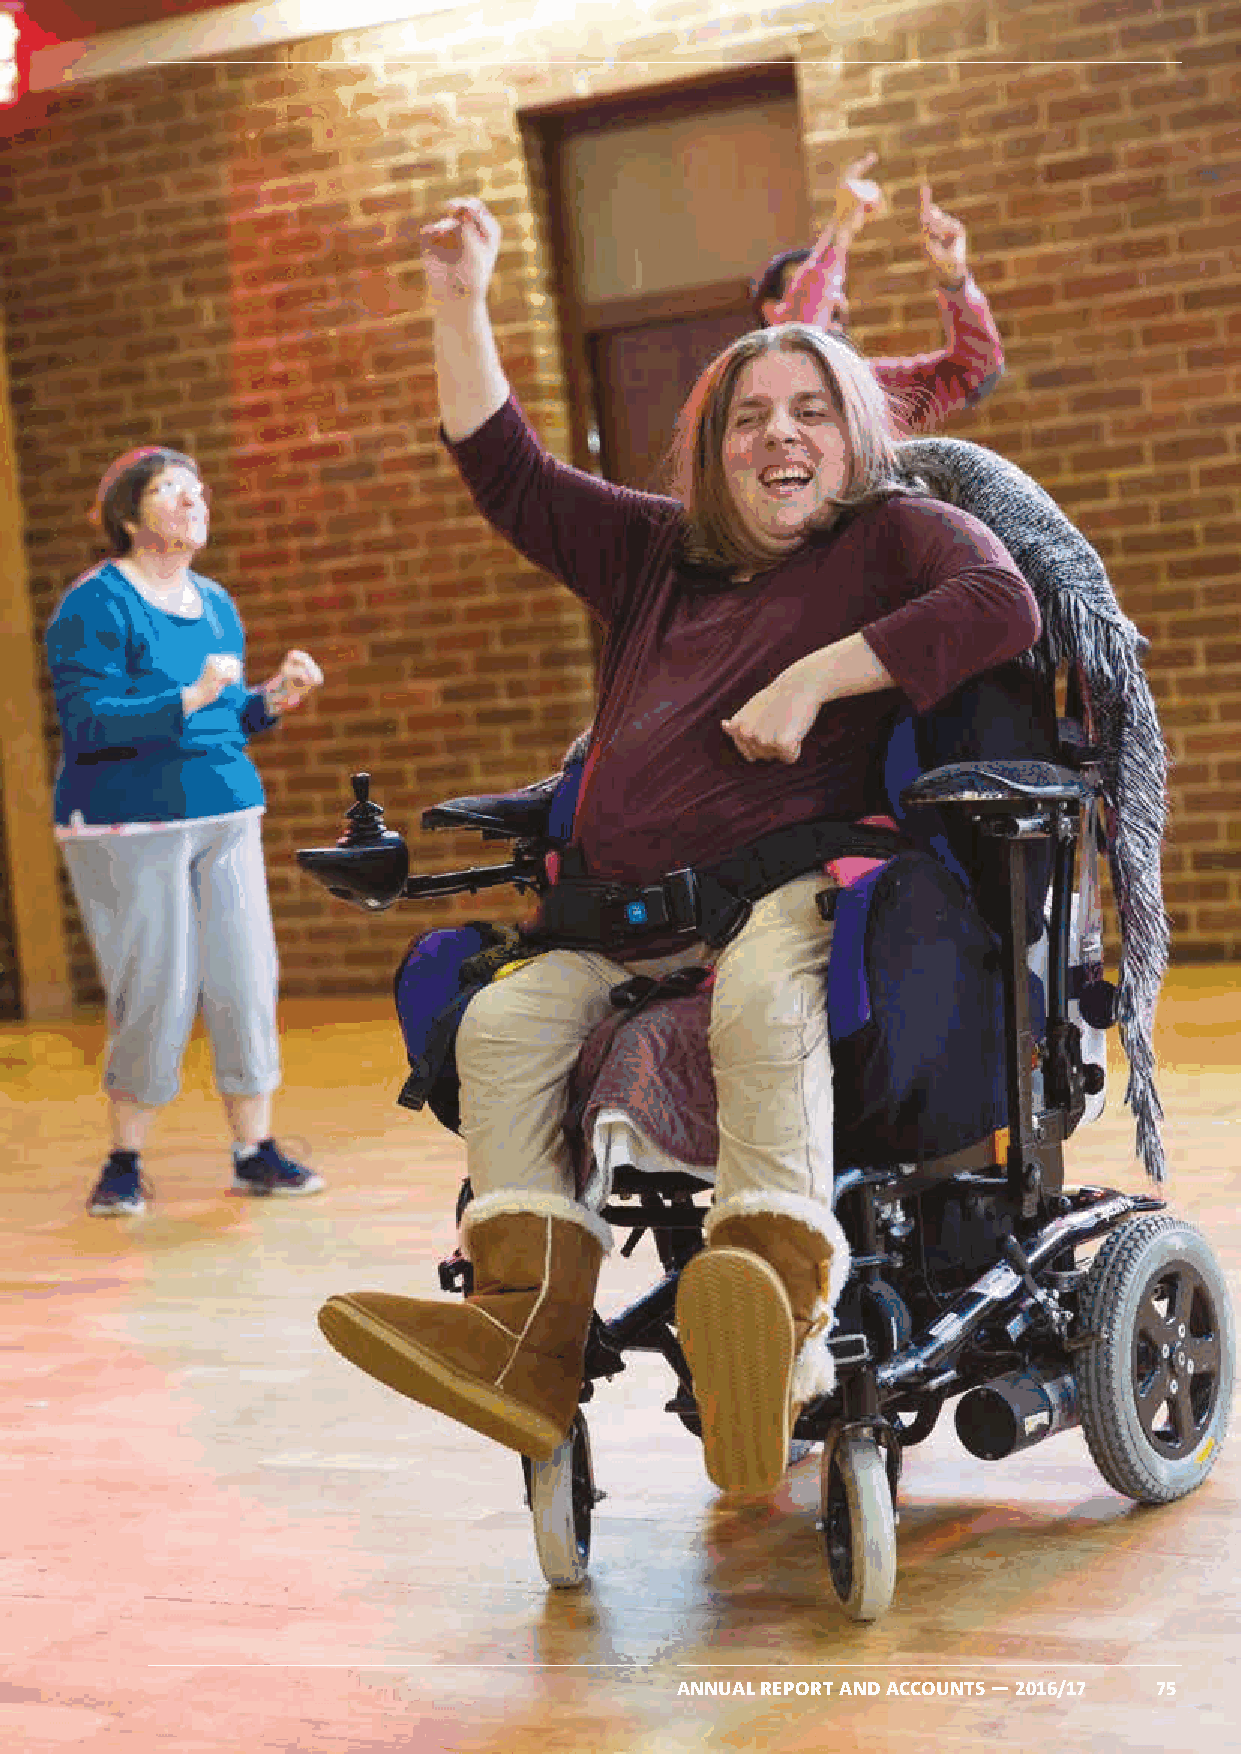
ANNUAL REPORT AND ACCOUNTS — 2016/17 75